Vaccination in Bombay 1874-1876 - 1874-1876
Year: 1874
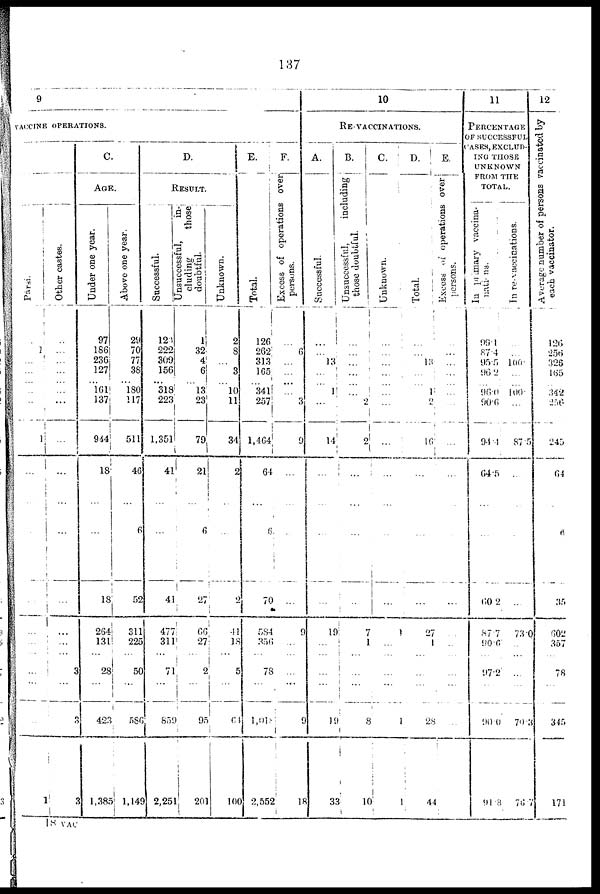
137
9
VACCINE OPERATIONS.
Pársi.
...
1
...
...
...
...
1
...
...
...
...
...
...
...
...
...
...
1
Other castes.
...
...
...
...
...
...
...
...
...
...
...
...
...
...
3
...
3
3
C.
AGE.
Under one year.
97
186
236
127
161
137
944
18
...
...
18
264
131
...
28
...
423
l,385
Above one year.
29
70
77
38
180
117
511
46
...
6
52
311
225
...
50
...
586
1,149
D.
RESULT.
Successful.
120
222
309
156
318
223
l,351
41
...
...
41
477
311
...
71
...
859
2,251
Unsuccessful
in¬
cluding
those
doubtful.
1
32
4
6
13
23
79
21
...
6
27
66
27
...
2
...
95
201
Unknown.
2
8
...
3
10
11
34
2
...
...
2
41
18
...
5
...
64
100
E.
Total.
126
262
313
165
341
257
1,464
64
...
6
70
584
356
...
78
...
1,019
2,552
F.
Excess of operations over
persons.
...
6
...
...
...
3
9
...
...
...
...
9
...
...
...
...
9
18
10
RE-VACCINATIONS.
A.
Successful.
...
...
13
...
1
...
14
...
...
...
...
19
...
...
...
...
19
33
B.
Unsuccessful,
including
those doubtful.
...
...
...
...
...
2
2
...
...
...
...
7
1
...
...
...
8
10
C.
Unknown.
...
...
...
...
...
...
...
...
...
...
...
1
...
...
...
...
1
1
D.
Total.
...
...
13
...
1
2
16
...
...
...
...
27
1
...
...
...
28
44
E.
Excess of operations over
persons.
...
...
...
...
...
...
...
...
...
...
...
...
...
...
...
...
...
...
11
PERCENTAGE
OF SUCCESSFUL
CASES, EXCLUD-
--- THOSE
UNKNOWN
FROM THE
TOTAL.
In primary vaccina¬
nations
99.1
87.4
95.5
96.2
96.0
90.6
94.1
64.5
...
...
60.2
87.7
90.6
...
97.2
...
90.0
91.8
In re-vaccinations.
...
...
100
...
100
...
87.5
...
...
...
...
73.0
...
...
...
...
70.3
76.7
12
Average number of persons vaccinated by
each vaccinator.
126
256
326
165
342
256
245
64
...
6
35
602
357
...
78
...
345
171
18 VAC